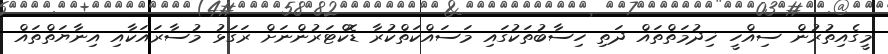
މީގެއިތުރުން ސިއްހީ ޚިދުމަތްތައް ދަތި ހިސާބުތަކުގައި މަސައްކަތްކުރާ ޑޮކްޓަރުންނަށް ރަގަޅު މުސާރައަކާއި އިނާޔަތްތައް